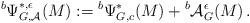
LaTeX: \begin{align*}{}^b \Psi^{*,\epsilon}_{G,\mathcal{A}}(M): = {}^b \Psi^{*}_{G,c}(M) + {}^b \mathcal{A}^\epsilon_G (M)\,.\end{align*}